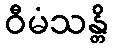
ဝီမံသန္တိ